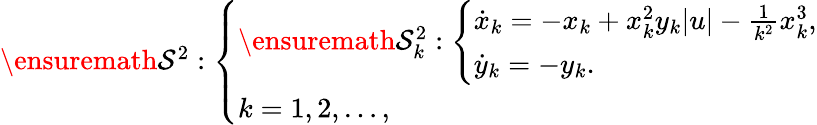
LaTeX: \begin{array}{r}{\ensuremath{\mathcal{S}}^{2}:\left\{ \begin{array}{l}{\ensuremath{\mathcal{S}}_{k}^{2}:\left\{ \begin{array}{l}{\dot{x}_{k}=-x_{k}+x_{k}^{2}y_{k}|u|-\frac{1}{k^{2}}x_{k}^{3},}\\ {\dot{y}_{k}=-y_{k}.}\end{array}\right.}\\ {k=1,2,\ldots,}\end{array}\right.}\end{array}